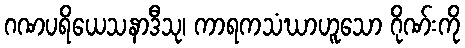
ဂဏပရိယေသနာဒီသု၊ ကာရကသံဃာဟူသော ဂိုဏ်းကို